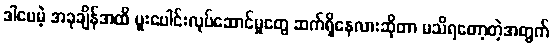
ဒါပေမဲ့ အခုချိန်အထိ ပူးပေါင်းလုပ်ဆောင်မှုတွေ ဆက်ရှိနေလားဆိုတာ မသိရတော့တဲ့အတွက်